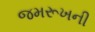
જમરૂખની